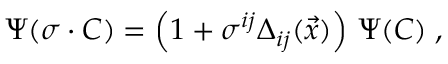
\Psi ( \sigma \cdot C ) = \left( 1 + \sigma ^ { i j } \Delta _ { i j } ( \vec { x } ) \right) \, \Psi ( C ) \; ,